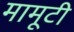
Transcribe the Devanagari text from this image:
मामूटी